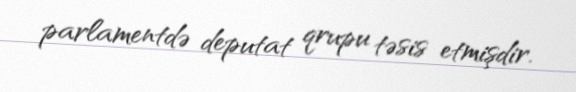
parlamentdə deputat qrupu təsis etmişdir.